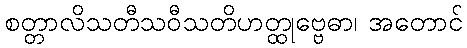
စတ္တာလိသတီသဝီသတိဟတ္ထုဗ္ဗေဓာ၊ အတောင်